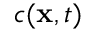
c ( \mathbf { x } , t )